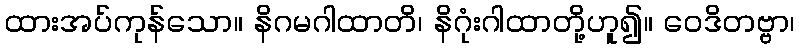
ထားအပ်ကုန်သော။ နိဂမဂါထာတိ၊ နိဂုံးဂါထာတို့ဟူ၍။ ဝေဒိတဗ္ဗာ၊